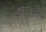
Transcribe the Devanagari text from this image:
शक्यतेवरून